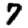
Digit: 7